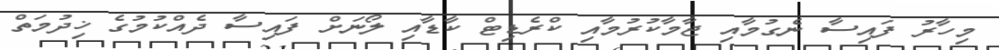
މިހާރު ފައިސާ ނެގުމާއި ޖާމާކުރުމާއި ކްރެޑިޓް ކާޑާއި ލޯނަށް ފައިސާ ދެއްކުމުގެ ޚިދުމަތް